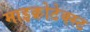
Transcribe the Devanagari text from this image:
माइक्रोटेक्स्ट